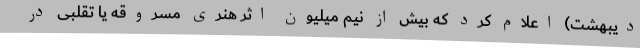
دیبهشت) اعلام کرد که بیش از نیم میلیون اثر هنری مسروقه یا تقلبی در